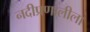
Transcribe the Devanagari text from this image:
नदीप्रणालीला